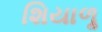
શિયાળૢ